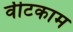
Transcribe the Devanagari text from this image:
वीटकाम